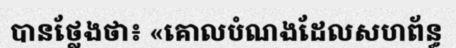
បានថ្លែងថា៖ «គោលបំណងដែលសហព័ន្ធ